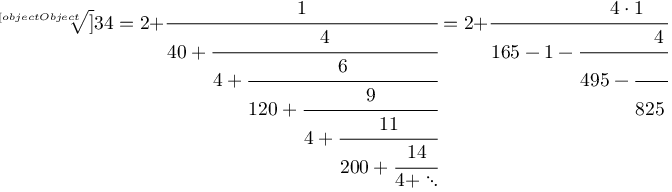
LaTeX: { \sqrt [ [object Object] ] { 3 4 } } = 2 + { \cfrac { 1 } { 4 0 + { \cfrac { 4 } { 4 + { \cfrac { 6 } { 1 2 0 + { \cfrac { 9 } { 4 + { \cfrac { 1 1 } { 2 0 0 + { \cfrac { 1 4 } { 4 + \ddots } } } } } } } } } } } } = 2 + { \cfrac { 4 \cdot 1 } { 1 6 5 - 1 - { \cfrac { 4 \cdot 6 } { 4 9 5 - { \cfrac { 9 \cdot 1 1 } { 8 2 5 - { \cfrac { 1 4 \cdot 1 6 } { 1 1 5 5 - \ddots } } } } } } } } .